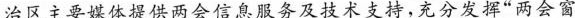
治区主要媒体提供两会信息服务及技术支持，充分发挥”两会窗